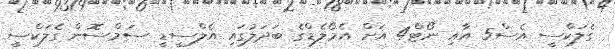
ގެލަކްސީ އެސް5 އާއި ނޯޓް4 އަށް އެމޯލެޑްގެ ބަދަލުގައި އެލްސީޑީ ސަމްސޮން ގެލަކްސީ